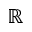
\mathbb { R }